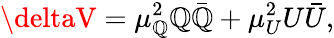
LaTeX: \deltaV=\mu_{\mathbb{Q}}^{2}\mathbb{Q}\bar{{\mathbb{Q}}}+\mu_{U}^{2}U\bar{{U}},